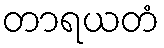
တာရယတံ